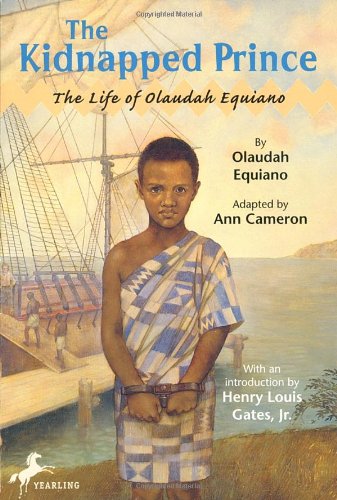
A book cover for The Kidnapped Prince: The Life of Olaudah Equiano; Ann Cameron; Children's Books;